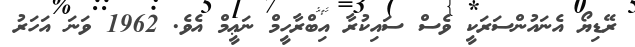
ރޭޑިޔޯ އެނައުންސަރަކީ ވެސް ސައިކުރާ އިބްރާހީމް ނަޢީމް އެވެ. 1962 ވަނަ އަހަރު